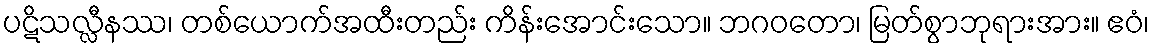
ပဋိသလ္လီနဿ၊ တစ်ယောက်အထီးတည်း ကိန်းအောင်းသော။ ဘဂဝတော၊ မြတ်စွာဘုရားအား။ ဧဝံ၊